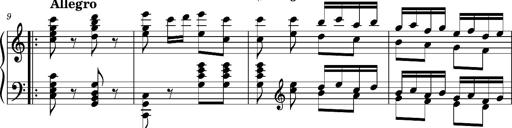
Title: Ungarischer Romanzero
Composer: Franz Liszt